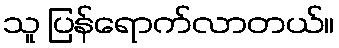
သူ ပြန်ရောက်လာတယ်။